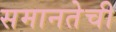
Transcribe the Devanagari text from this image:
समानतेची